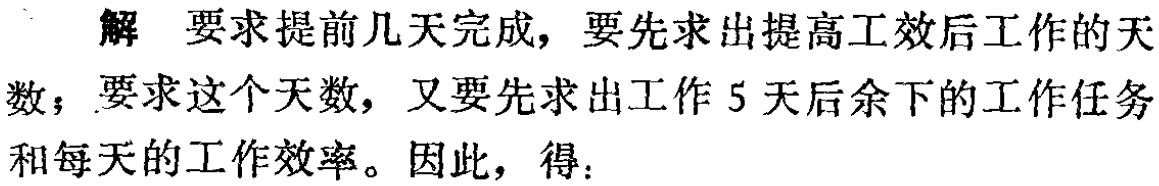
解 要求提前几天完成，要先求出提高工效后工作的天数；要求这个天数，又要先求出工作5天后余下的工作任务和每天的工作效率。因此，得：